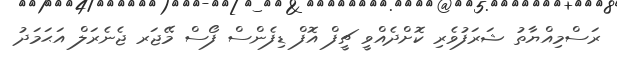
ރަސްމިއްޔާތު ޝަރަފުވެރި ކޮށްދެއްވީ ޗީފް އޮފް ޑިފެންސް ފޯސް މޭޖަރ ޖެނެރަލް އަޙަމަދު